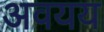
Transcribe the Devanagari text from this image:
अवयय